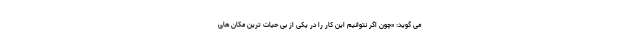
می گوید: «چون اگر نتوانیم این کار را در یکی از بی حیات ترین مکان های